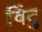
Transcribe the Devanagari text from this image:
विंटु